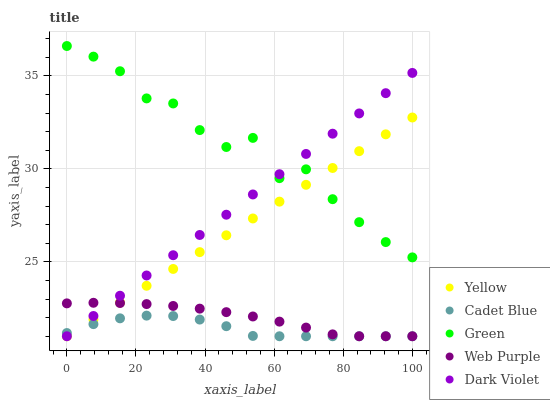
| xaxis_label | Yellow | Cadet Blue | Green | Web Purple | Dark Violet |
 | --- | --- | --- | --- | --- | --- |
 | 0 | 21 | 21.2 | 36.6 | 22.8 | 21 |
 | 7.69 | 21.9 | 21.7 | 36 | 22.8 | 22.1 |
 | 15.4 | 22.8 | 22 | 35.3 | 22.8 | 23.2 |
 | 23.1 | 23.7 | 22.1 | 33.8 | 22.7 | 24.3 |
 | 30.8 | 24.6 | 22.1 | 33.5 | 22.6 | 25.4 |
 | 38.5 | 25.5 | 21.9 | 32.1 | 22.5 | 26.4 |
 | 46.2 | 26.4 | 21.5 | 31.2 | 22.3 | 27.5 |
 | 53.8 | 27.3 | 21 | 31.7 | 22.1 | 28.6 |
 | 61.5 | 28.2 | 21 | 29.5 | 21.8 | 29.7 |
 | 69.2 | 29.1 | 21 | 30 | 21.5 | 30.8 |
 | 76.9 | 30.1 | 21 | 28.4 | 21.1 | 31.9 |
 | 84.6 | 31 | 21 | 27.1 | 21 | 33 |
 | 92.3 | 31.9 | 21 | 26.1 | 21 | 34.1 |
 | 100 | 32.8 | 21 | 25.2 | 21 | 35.2 |